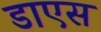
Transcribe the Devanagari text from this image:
डाएस